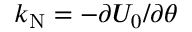
k _ { \mathrm { N } } = - \partial U _ { 0 } / \partial \theta